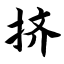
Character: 挤